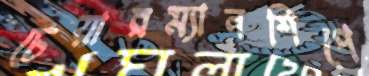
চেয়ারম্যানশিপে